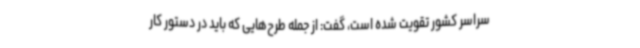
سراسر کشور تقویت شده است، گفت: از جمله طرح‌هایی که باید در دستور کار